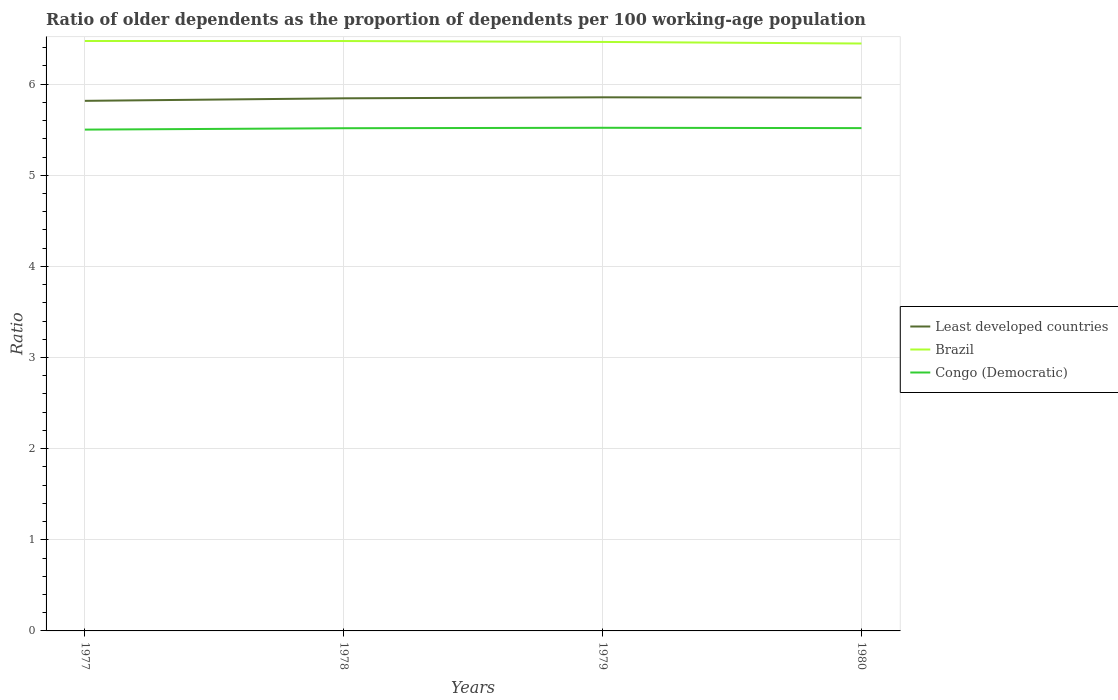
| Years | Least developed countries | Brazil | Congo (Democratic) |
 | --- | --- | --- | --- |
 | 1977 | 5.82 | 6.47 | 5.5 |
 | 1978 | 5.84 | 6.47 | 5.52 |
 | 1979 | 5.86 | 6.46 | 5.52 |
 | 1980 | 5.85 | 6.45 | 5.52 |